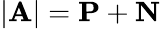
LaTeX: |\mathbf{A}|=\mathbf{P}+\mathbf{N}